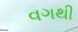
વગથી